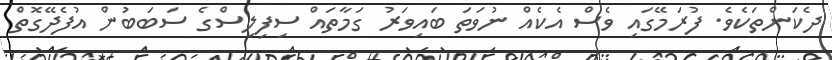
ދެކަންތަކެވެ. ފުރަމޭގައި ވެސް އެކެއް ނުވަތަ ބައިވަރު ގަމާތައް ސިފިލިސްގެ ސަބަބުން އުފެދޭގޮތް